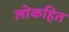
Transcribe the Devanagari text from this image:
लोकहित